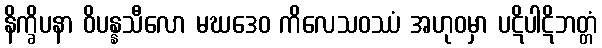
နိက္ခိပနာ ဝိပန္နသီလော မဃဒေဝ ကိလေသဝဿံ အဟုဝမှာ ပဋိပါဋိဘတ္တံ